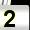
Digit: 2